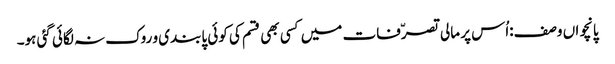
پانچواں وصف:اُس پر مالی تصرّفات میں کسی بھی قسم کی کوئی پابندی و روک نہ لگائی گئی ہو۔